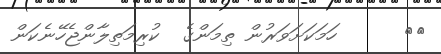
٢٠      ހަމަކަށަވަރުން ތިމަންގެ  ކުރިމަތިލާންޖެހޭނެކަން